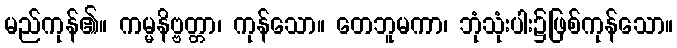
မည်ကုန်၏။ ကမ္မနိဗ္ဗတ္တာ၊ ကုန်သော။ တေဘူမကာ၊ ဘုံသုံးပါး၌ဖြစ်ကုန်သော။